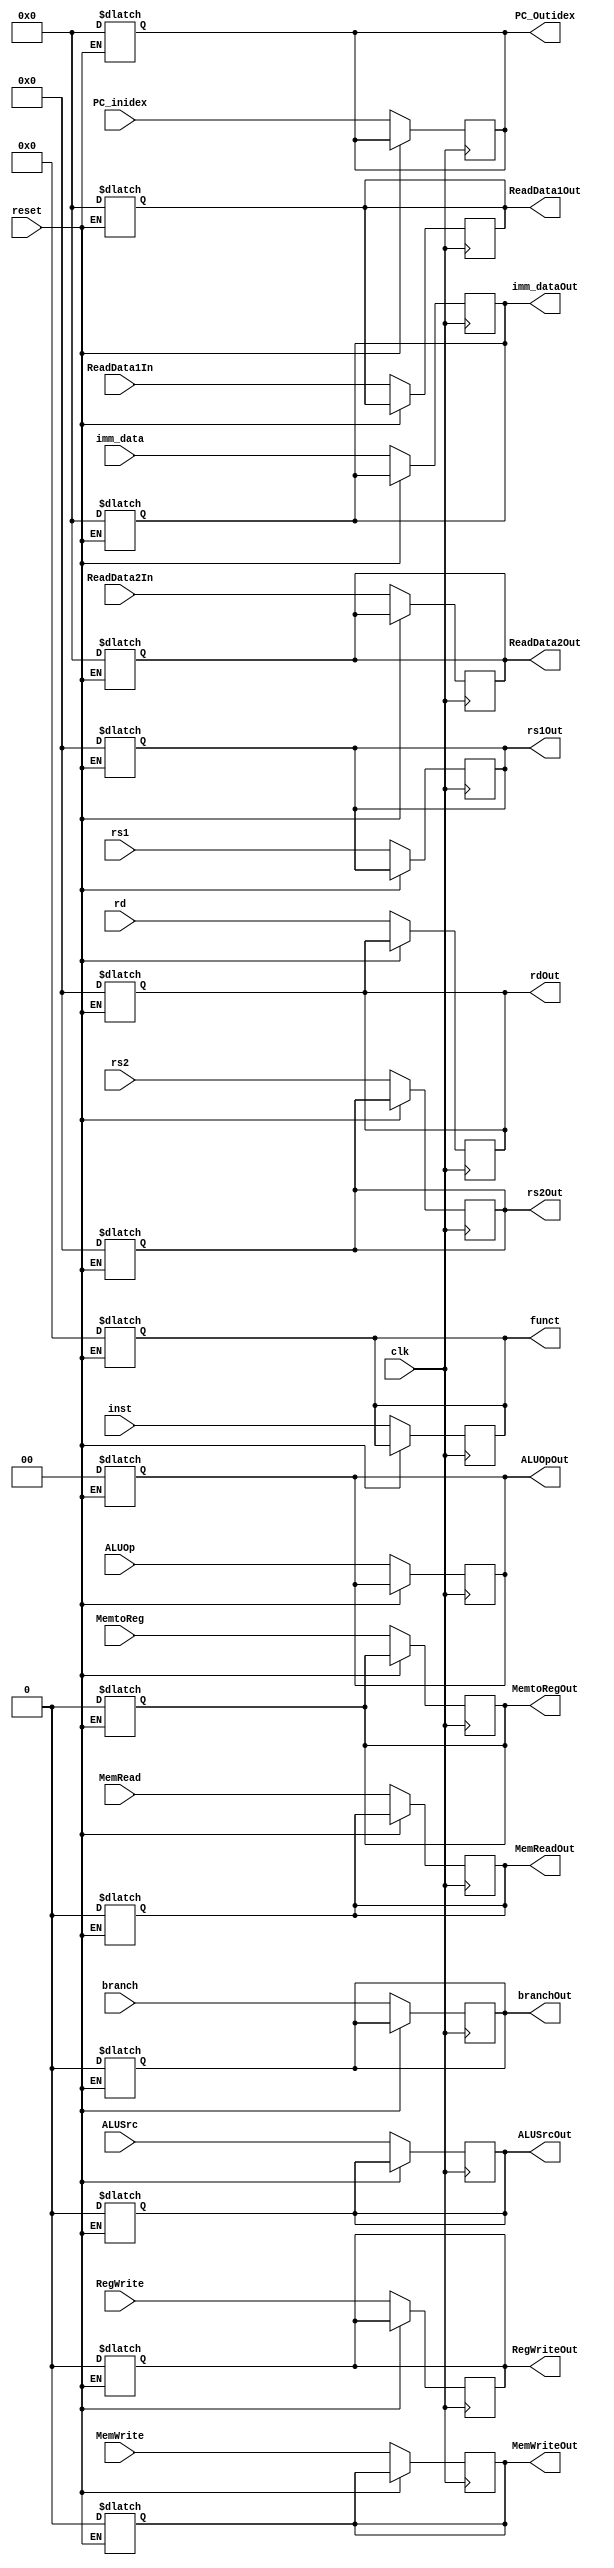
module IDEX(
input clk,
input reset,
input [63:0] PC_inidex,
input [63:0] ReadData1In,
input [63:0] ReadData2In,
input [63:0] imm_data,
input [4:0] rs1,
input [4:0] rs2,
input [4:0] rd,
input [3:0] inst,
input MemtoReg, 
input RegWrite,
input branch,
input MemRead,
input MemWrite,
input ALUSrc,
input [1:0] ALUOp,
output reg [63:0] PC_Outidex,
output reg [63:0] ReadData1Out,
output reg [63:0] ReadData2Out,
output reg [63:0] imm_dataOut,
output reg [3:0] funct,
output reg [4:0] rdOut,
output reg [4:0] rs1Out,
output reg [4:0] rs2Out,
output reg MemtoRegOut, RegWriteOut,branchOut,MemReadOut,MemWriteOut,ALUSrcOut, 
output reg [1:0] ALUOpOut
);

always @(posedge clk)
begin
	if (reset==1'b0)
		begin
			PC_Outidex=PC_inidex;
			ReadData1Out=ReadData1In;
			ReadData2Out=ReadData2In;
			imm_dataOut=imm_data;
			funct=inst;
			rdOut=rd;
			rs1Out=rs1;
			rs2Out=rs2;
			MemtoRegOut=MemtoReg;
			RegWriteOut=RegWrite;
			branchOut=branch;
			MemReadOut= MemRead;
			MemWriteOut=MemWrite;
			ALUSrcOut=ALUSrc;
			ALUOpOut=ALUOp;
		end
end
always@(reset)
begin	
	if(reset==1'b1)
		begin
			PC_Outidex=64'b0;
			ReadData1Out=64'b0;
			ReadData2Out=64'b0;
			imm_dataOut=64'b0;
			funct=4'b0;
			rdOut=5'b0;
			rs1Out=5'b0;
			rs2Out= 5'b0;
			MemtoRegOut=1'b0;
			RegWriteOut=1'b0;
			branchOut=1'b0;
			MemReadOut= 1'b0;
			MemWriteOut=1'b0;
			ALUSrcOut=1'b0;
			ALUOpOut=2'b0;
			

		end
end
endmodule